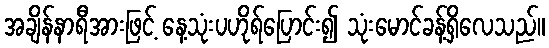
အချိန်နာရီအားဖြင့် နေ့သုံးပဟိုရ်ပြောင်း၍ သုံးမောင်ခန့်ရှိလေသည်။